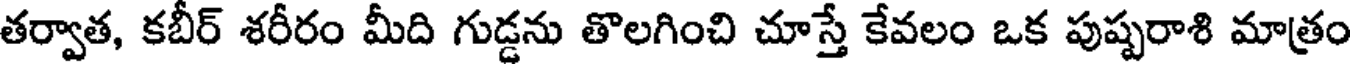
తర్వాత, కబీర్ శరీరం మీది గుడ్డను తొలగించి చూస్తే కేవలం ఒక పుష్పరాశి మాత్రం